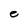
Character: e